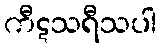
ကီဋသရီသပါ